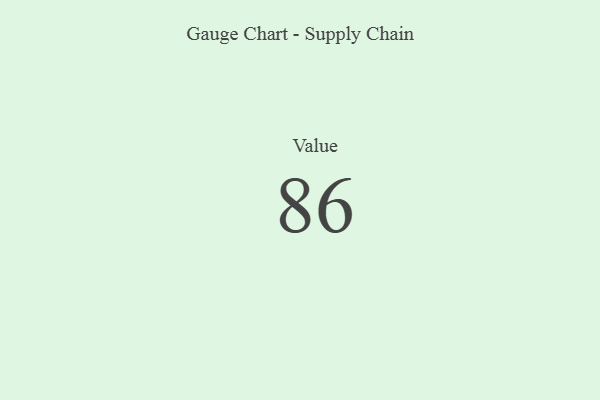
{"axis": {"x": "Metric", "y": "Value"}, "legend": [""], "data": [{"x": "Value", "y": 86, "type": ""}]}